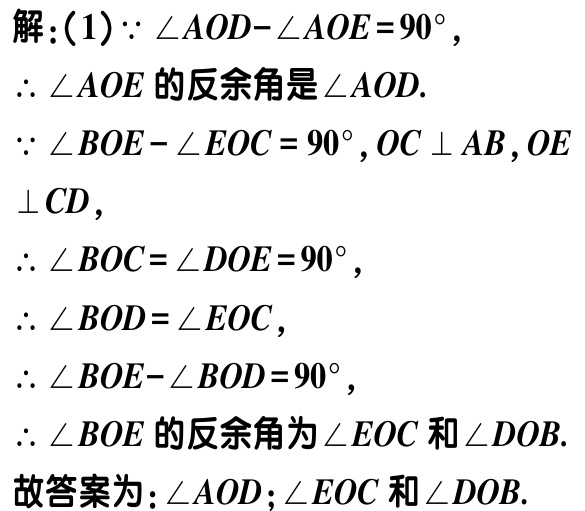
解：(1)$\because \angle AOD - \angle AOE = 90^{\circ}$，

$\therefore \angle AOE$的反余角是$\angle AOD$.

$\because \angle BOE - \angle EOC = 90^{\circ}, OC\perp AB, OE\perp CD$，

$\therefore \angle BOC = \angle DOE = 90^{\circ}$，

$\therefore \angle BOD = \angle EOC$，

$\therefore \angle BOE - \angle BOD = 90^{\circ}$，

$\therefore \angle BOE$的反余角为$\angle EOC$和$\angle DOB$.

故答案为：$\angle AOD$；$\angle EOC$和$\angle DOB$.